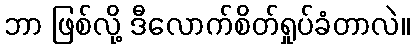
ဘာ ဖြစ်လို့ ဒီလောက်စိတ်ရှုပ်ခံတာလဲ။